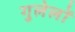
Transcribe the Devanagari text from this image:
गुलेलों